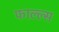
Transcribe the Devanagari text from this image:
फाल्ल्स